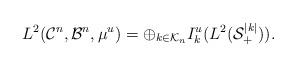
LaTeX: \begin{align*}L^2(\mathcal{C}^n,\mathcal{B}^n,\mu^u)=\oplus_{k\in \mathcal{K}_n} I^u_k (L^2(\mathcal{S}^{|k|}_+)).\end{align*}